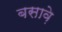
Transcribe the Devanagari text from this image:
बसावे़